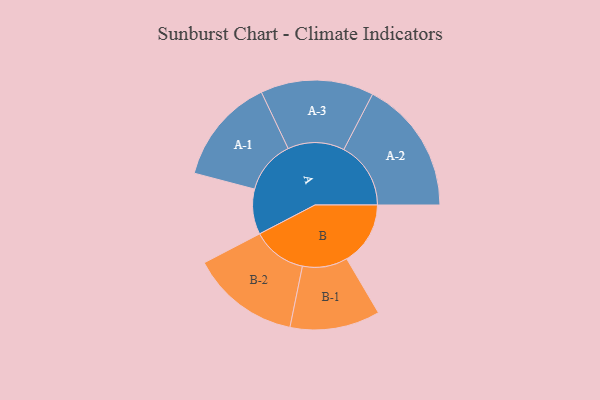
{"axis": {"x": "Segment", "y": "Value"}, "legend": ["", "A", "B"], "data": [{"x": "A", "y": 192, "type": ""}, {"x": "B", "y": 270, "type": ""}, {"x": "A-1", "y": 226, "type": "A"}, {"x": "A-2", "y": 284, "type": "A"}, {"x": "A-3", "y": 240, "type": "A"}, {"x": "B-1", "y": 191, "type": "B"}, {"x": "B-2", "y": 231, "type": "B"}]}